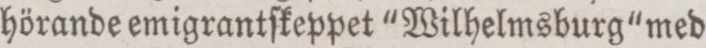
hörande emigrantſkeppet “Wilhelmsburg“ med